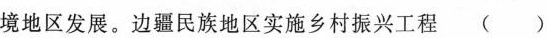
境地区发展。边疆民族地区实施乡村振兴工程()